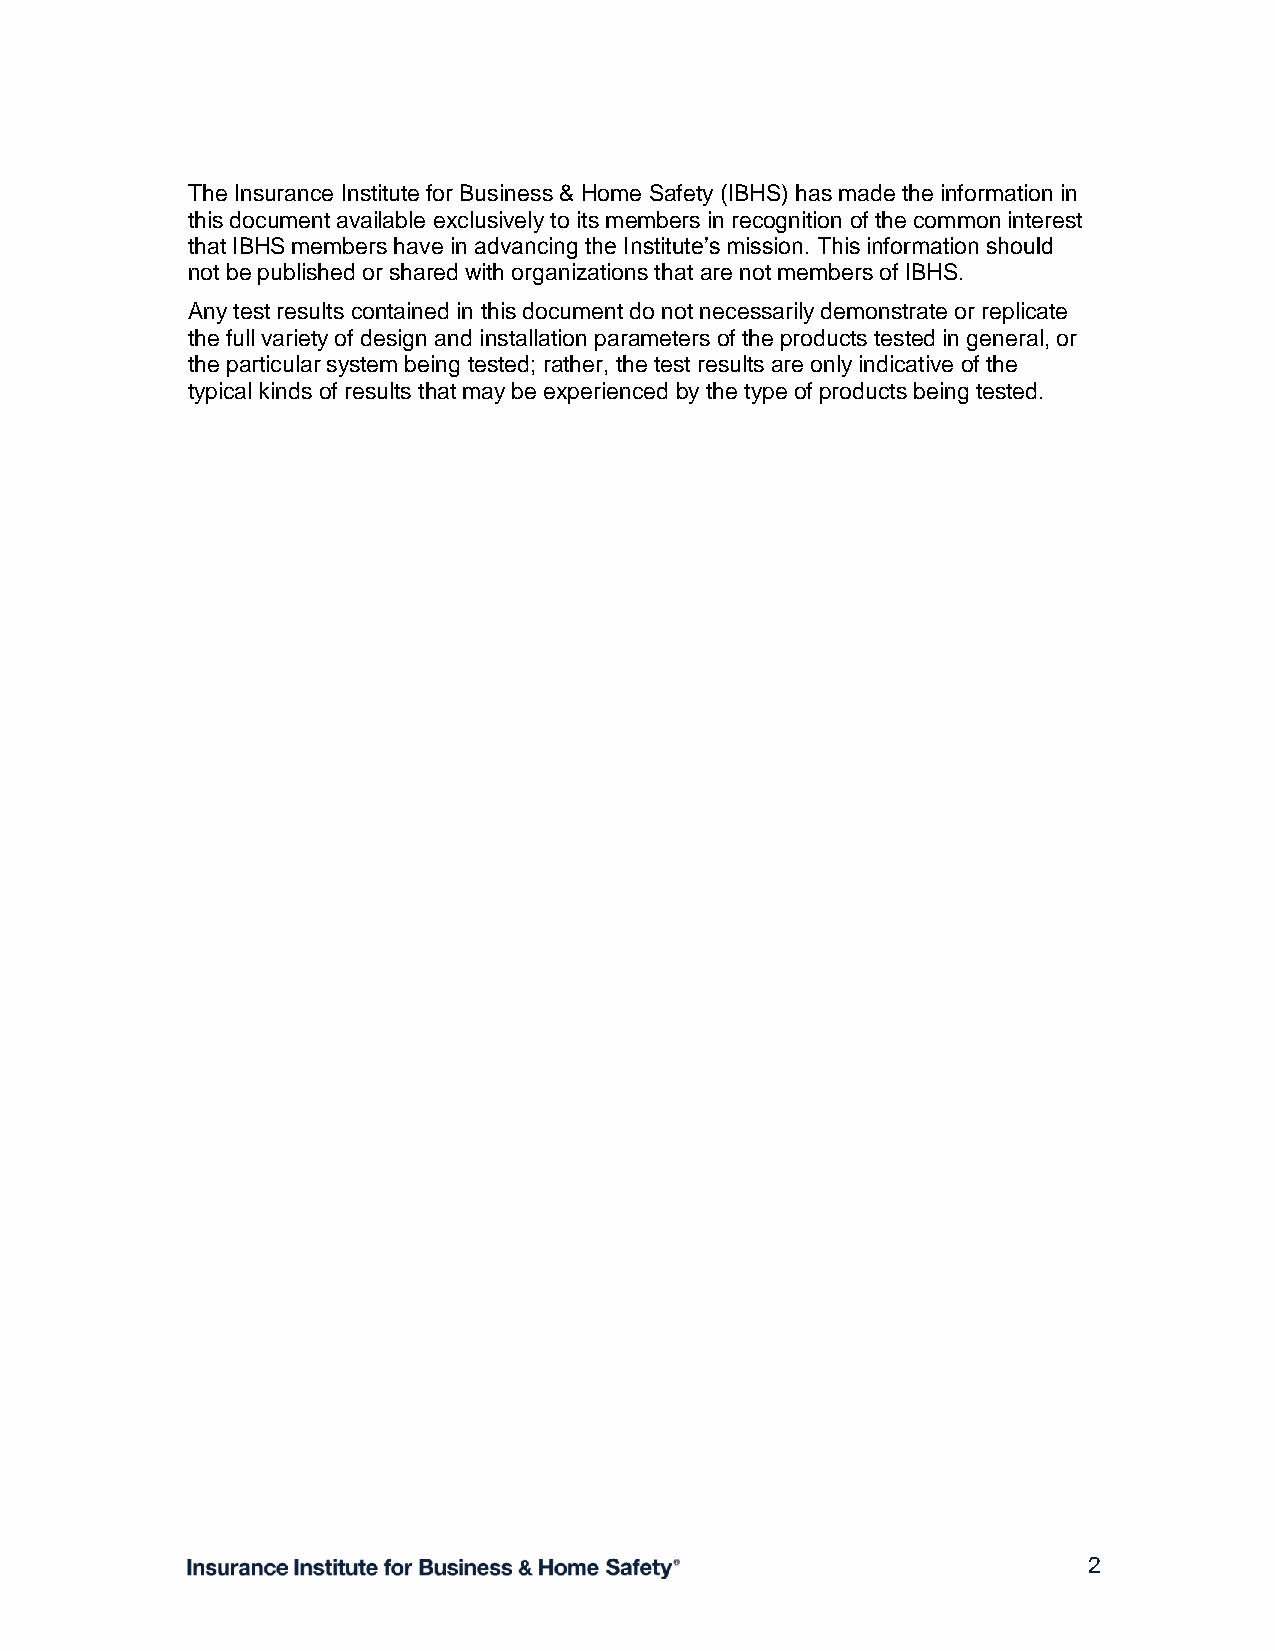
The Insurance Institute for Business & Home Safety (IBHS) has made the information in
 this document available exclusively to its members in recognition of the common interest
 that IBHS members have in advancing the Institute’s mission. This information should
 not be published or shared with organizations that are not members of IBHS.
 Any test results contained in this document do not necessarily demonstrate or replicate
 the full variety of design and installation parameters of the products tested in general, or
 the particular system being tested; rather, the test results are only indicative of the
 typical kinds of results that may be experienced by the type of products being tested.
 2